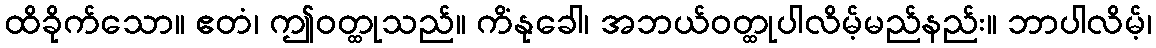
ထိခိုက်သော။ ဧတံ၊ ဤဝတ္ထုသည်။ ကိံနုခေါ၊ အဘယ်ဝတ္ထုပါလိမ့်မည်နည်း။ ဘာပါလိမ့်၊